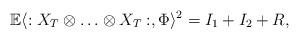
LaTeX: \begin{align*}\mathbb{E}\langle :X_T\otimes \ldots \otimes X_T:,\Phi \rangle^2=I_1+I_2+R,\end{align*}